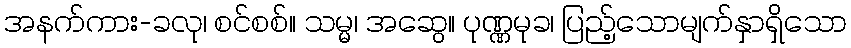
အနက်ကား-ခလု၊ စင်စစ်။ သမ္မ၊ အဆွေ။ ပုဏ္ဏမုခ၊ ပြည့်သောမျက်နှာရှိသော